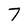
Character: 7